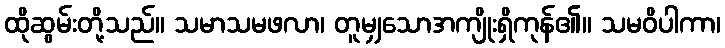
ထိုဆွမ်းတို့သည်။ သမာသမဖလာ၊ တူမျှသောအကျိုးရှိကုန်၏။ သမဝိပါကာ၊